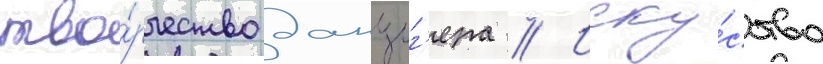
тво́рчество данциг'ера // Иску́сство